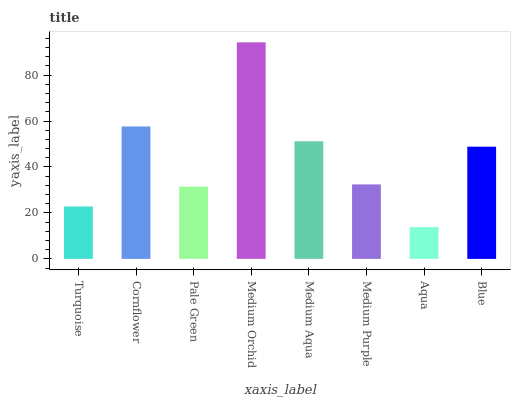
| xaxis_label | bars |
 | --- | --- |
 | Turquoise | 22.8 |
 | Cornflower | 57.6 |
 | Pale Green | 31.5 |
 | Medium Orchid | 94.2 |
 | Medium Aqua | 51.2 |
 | Medium Purple | 32.4 |
 | Aqua | 13.8 |
 | Blue | 48.8 |